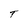
Character: T